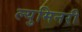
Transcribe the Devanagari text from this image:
ल्युमिनरी